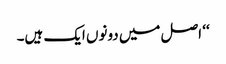
‘‘ اصل میں دونوں ایک ہیں۔